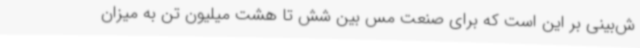
ش‌بینی بر این است که برای صنعت مس بین شش تا هشت میلیون تن به میزان